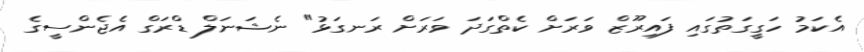
އެކަމު ހަގީގަތުގައި ފައިރޫޒް ވަރަށް ކެތްގަދަ ވަރަށް ރަނގަޅު" ނެޝަނަލް ޑްރަގް އެޖެންސީގެ